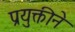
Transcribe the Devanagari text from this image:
प्रयुक्तीने